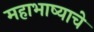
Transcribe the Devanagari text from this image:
महाभाष्याचे